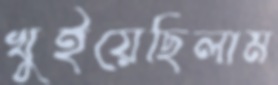
খুইয়েছিলাম